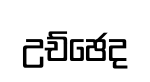
උච්ඡෙද